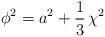
LaTeX: \begin{align*}\phi^2=a^2+\frac{1}{3}\,\chi^2\end{align*}